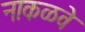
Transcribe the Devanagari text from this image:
नाकळवे